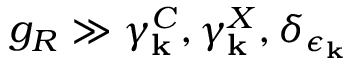
g _ { R } \gg \gamma _ { \bf k } ^ { C } , \gamma _ { \bf k } ^ { X } , \delta _ { \epsilon _ { \bf k } }